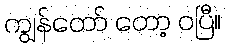
ကျွန်တော် တော့ ဝပြီ။